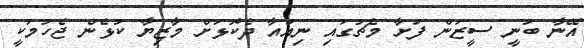
އޭނާ ބުނީ ސީޒަން ފަށާ މެޗުގައި ނިއުއާ ދެކޮޅަށް މާޒިޔާ ކުޅެން ޖެހުމަކީ